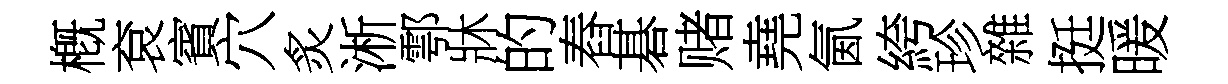
槪袞賓穴炙淅鄠牀的舂碁赌堯氤絝珍雜挺暖